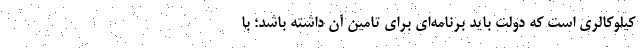
کیلوکالری است که دولت باید برنامه‌ای برای تامین آن داشته باشد؛ با